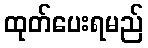
ထုတ်ပေးရမည်